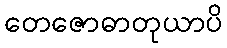
တေဇောဓာတုယာပိ